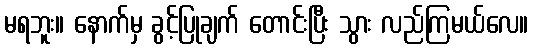
မရဘူး။ နောက်မှ ခွင့်ပြုချက် တောင်းပြီး သွား လည်ကြမယ်လေ။